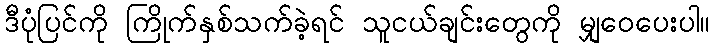
ဒီပုံပြင်ကို ကြိုက်နှစ်သက်ခဲ့ရင် သူငယ်ချင်းတွေကို မျှဝေပေးပါ။